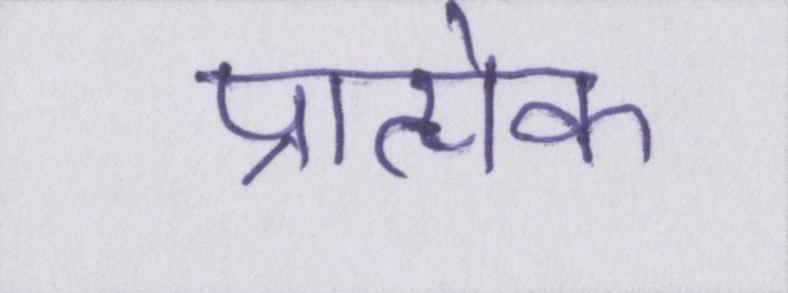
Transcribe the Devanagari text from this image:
प्रात्येक